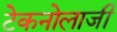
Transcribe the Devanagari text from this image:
टेकनोलाजी